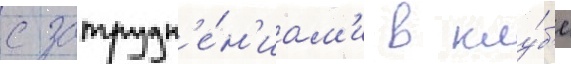
с затрудн'е́н'иам'и в клу́б'е